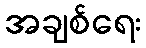
အချစ်ရေး